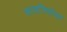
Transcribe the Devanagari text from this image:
सत्यनिष्ठेवर